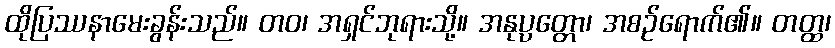
ထိုပြဿနာမေးခွန်းသည်။ တဝ၊ အရှင်ဘုရားသို့။ အနုပ္ပတ္တော၊ အစဉ်ရောက်၏။ တတ္ထ၊